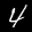
Label: 4